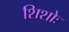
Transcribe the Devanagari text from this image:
शिशोः